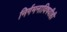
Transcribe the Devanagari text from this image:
निर्गमनाविषयीही